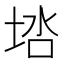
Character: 𰉶